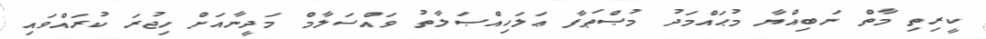
ކީރިތި މާތް ނަބިއްޔާ މުޙައްމަދު މުޞްޠަފާ ޢަލަހިއްޞަލާތު ވައްސަލާމް މަދީނާއަށް ހިޖުރަ ކުރައްވައި